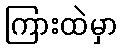
ကြားထဲမှာ